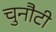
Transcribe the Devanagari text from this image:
चुनौटी